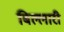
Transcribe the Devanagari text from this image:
बिल्लारी